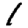
Digit: 1